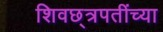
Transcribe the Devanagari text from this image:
शिवछ्त्रपतींच्या